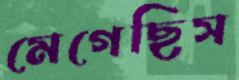
মেগেছিস